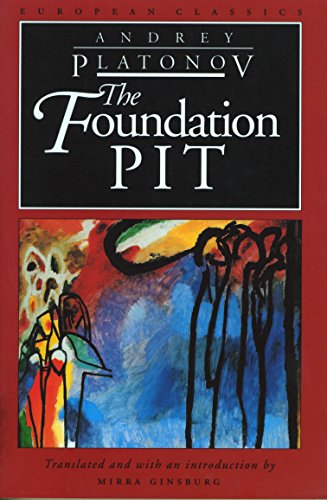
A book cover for The Foundation Pit (European Classics); Andrey Platonov; Literature & Fiction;